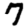
Digit: 7